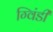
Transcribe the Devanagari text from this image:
ग्विंडी